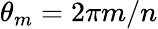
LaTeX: \theta_{m}=2\pi m/n